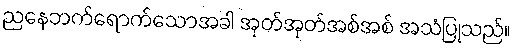
ညနေဘက်ရောက်သောအခါ အုတ်အုတ်အစ်အစ် အသံပြုသည်။